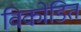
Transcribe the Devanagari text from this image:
विकोडित